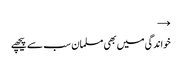
→
خواندگی میں بھی مسلمان سب سے پیچھے